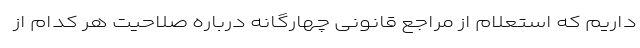
داریم که استعلام از مراجع قانونی چهارگانه درباره صلاحیت هر کدام از